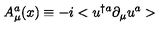
A _ { \mu } ^ { a } ( x ) \equiv - i < u ^ { \dagger a } \partial _ { \mu } u ^ { a } >